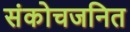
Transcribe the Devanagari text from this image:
संकोचजनित